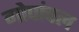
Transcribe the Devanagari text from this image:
गोपांचल